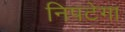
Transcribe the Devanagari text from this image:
निपटेगा